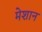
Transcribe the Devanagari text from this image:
मेशान